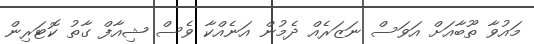
މައުވާ ތޫބާއަށް އަވަސް ނަޒަރެއް ދެމުން އަނެއްކާ ވެސް ޝިއާފް ގާތު ކޮޓަރިން